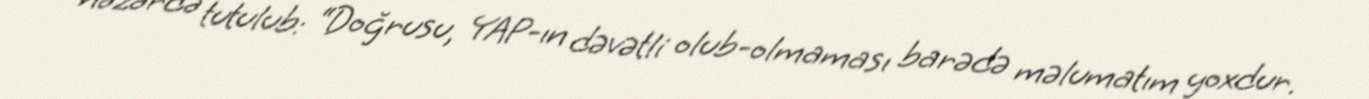
nəzərdə tutulub: “Doğrusu, YAP-ın dəvətli olub-olmaması barədə məlumatım yoxdur.